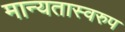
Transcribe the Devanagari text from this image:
मान्यतास्वरुप